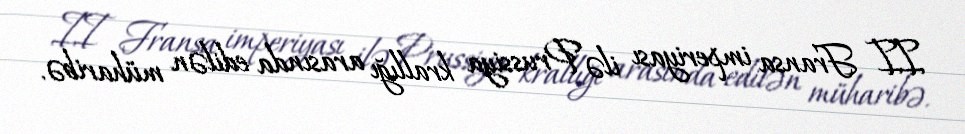
II Fransa imperiyası ilə Prussiya krallığı arasında edilən müharibə.